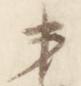
第